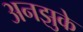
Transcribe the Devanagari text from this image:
अनझुके